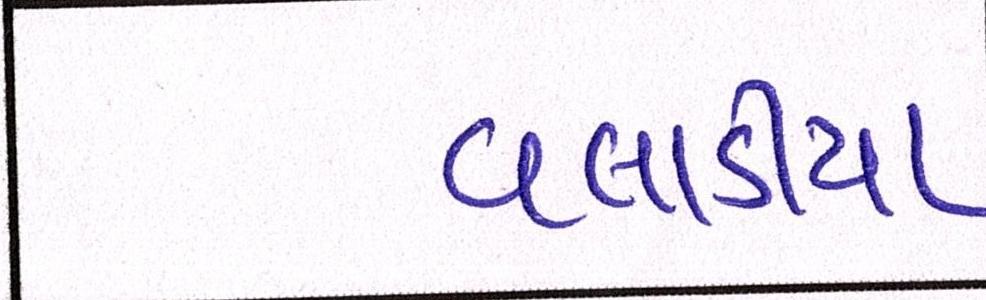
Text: વલાડીયા